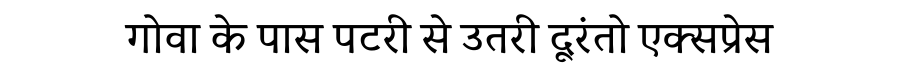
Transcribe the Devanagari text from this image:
गोवा के पास पटरी से उतरी दूरंतो एक्सप्रेस